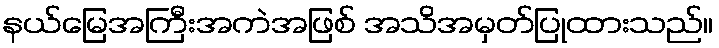
နယ်မြေအကြီးအကဲအဖြစ် အသိအမှတ်ပြုထားသည်။